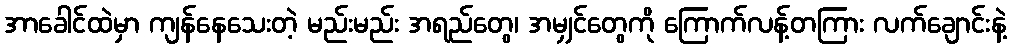
အာခေါင်ထဲမှာ ကျန်နေသေးတဲ့ မည်းမည်း အရည်တွေ၊ အမျှင်တွေကို ကြောက်လန့်တကြား လက်ချောင်းနဲ့